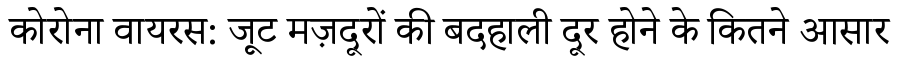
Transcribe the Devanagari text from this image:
कोरोना वायरस: जूट मज़दूरों की बदहाली दूर होने के कितने आसार